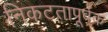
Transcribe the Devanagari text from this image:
निकटतापूर्वक